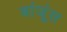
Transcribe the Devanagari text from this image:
बांजूंस